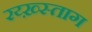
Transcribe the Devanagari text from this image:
रय्ख़्स्ताग